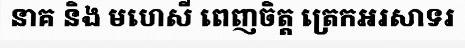
នាគ និង មហេសី ពេញចិត្ត ត្រេកអរសាទរ